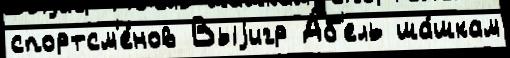
спортсм'е́нов Выjигр А́б'ель ша́шкам